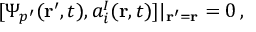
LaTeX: [ \Psi _ { p ^ { \prime } } ( { \bf r } ^ { \prime } , t ) , a _ { i } ^ { I } ( { \bf r } , t ) ] | _ { { \bf r } ^ { \prime } = { \bf r } } = 0 \, ,